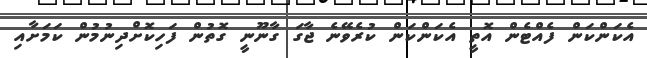
އެކަންކަން ފެއްޓެން އޮތީ އެކަންކަން ކުރެވޭނެ ޖާގަ ގާނޫނީ ގޮތުން ފަހިކޮށްދިނުމުން ކަމަށާއި